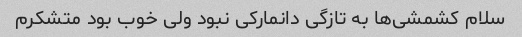
سلام کشمشی‌ها به تازگی دانمارکی نبود ولی خوب بود متشکرم